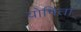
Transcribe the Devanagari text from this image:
योषिता